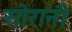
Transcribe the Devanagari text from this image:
सोरानी